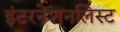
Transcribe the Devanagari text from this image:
इंटरनेशनलिस्ट